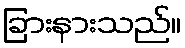
ခြားနားသည်။